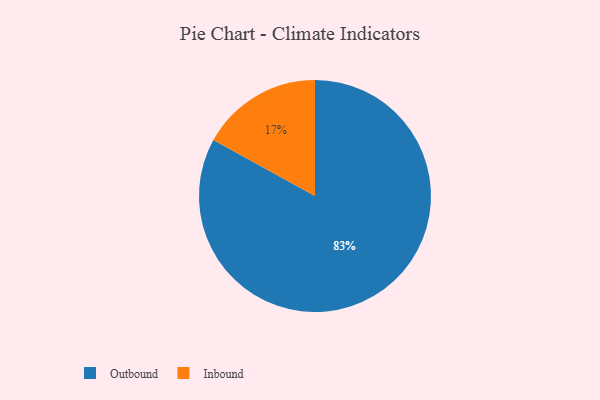
{"axis": {"x": "Category", "y": "Percentage"}, "legend": ["Inbound", "Outbound"], "data": [{"x": "Outbound", "y": 83, "type": "Outbound"}, {"x": "Inbound", "y": 17, "type": "Inbound"}]}